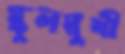
স্কুলমুখী